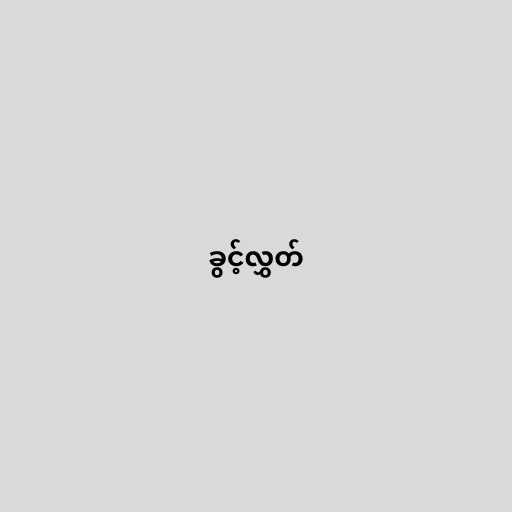
ခွင့်လွှတ်